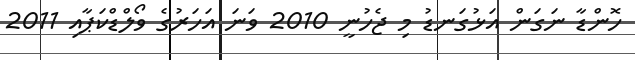
ހޮންޑާ ނަގަން އަޅުގަނޑު މި ޖެހުނީ 2010 ވަނަ އަހަރުގެ ވޯލްޑްކަޕާއި 2011